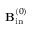
{ \bf { B } } _ { \mathrm { { i n } } } ^ { ( 0 ) }